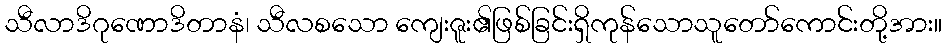
သီလာဒိဂုဏောဒိတာနံ၊ သီလစသော ကျေးဇူး၏ဖြစ်ခြင်းရှိကုန်သောသူတော်ကောင်းတို့အား။